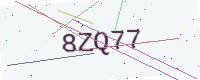
Text: 8ZQ77